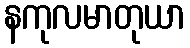
နကုလမာတုယာ